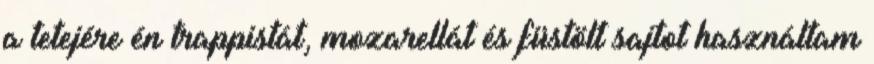
a tetejére én trappistát, mozarellát és füstölt sajtot használtam